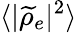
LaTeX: \langle|\widetilde{\rho}_{e}|^{2}\rangle